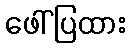
ဖေါ်ပြထား